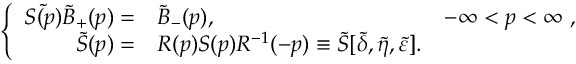
\left\{ \begin{array} { r l r } { { \tilde { S ( p ) } \tilde { B } _ { + } ( p ) = } } & { { \tilde { B } _ { - } ( p ) , } } & { { - \infty < p < \infty \; , } } \\ { { \tilde { S } ( p ) = } } & { { R ( p ) S ( p ) R ^ { - 1 } ( - p ) \equiv \tilde { S } [ \tilde { \delta } , \tilde { \eta } , \tilde { \varepsilon } ] . } } & { { } } \end{array} \right.